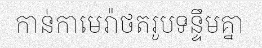
កាន់កាមេរ៉ាថតរូបទន្ទឹមគ្នា